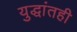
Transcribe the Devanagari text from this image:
युद्धांतही